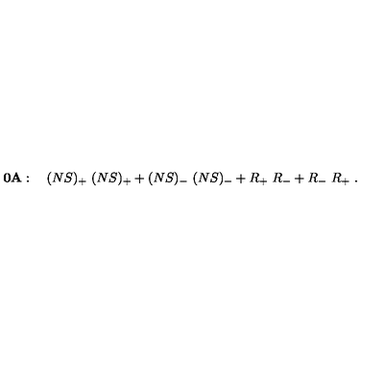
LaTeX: { \bf 0 A } : \quad ( N S ) _ { + } \ ( N S ) _ { + } + ( N S ) _ { - } \ ( N S ) _ { - } + R _ { + } \ R _ { - } + R _ { - } \ R _ { + } \ .